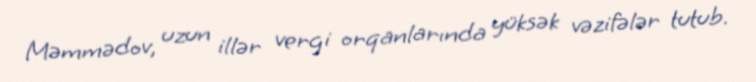
Məmmədov, uzun illər vergi orqanlarında yüksək vəzifələr tutub.